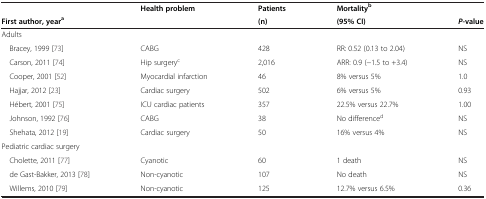
|  | Health problem | Patients | Mortalityb |  |
 | First author, yeara |  | (n) | (95% CI) | P-value |
 | --- | --- | --- | --- | --- |
 | Adults |  |  |  |  |
 | Bracey, 1999 [73] | CABG | 428 | RR: 0.52 (0.13 to 2.04) | NS |
 | Carson, 2011 [74] | Hip surgeryc | 2,016 | ARR: 0.9 (−1.5 to +3.4) | NS |
 | Cooper, 2001 [52] | Myocardial infarction | 46 | 8% versus 5% | 1.0 |
 | Hajjar, 2012 [23] | Cardiac surgery | 502 | 6% versus 5% | 0.93 |
 | Hébert, 2001 [75] | ICU cardiac patients | 357 | 22.5% versus 22.7% | 1.00 |
 | Johnson, 1992 [76] | CABG | 38 | No differenced | NS |
 | Shehata, 2012 [19] | Cardiac surgery | 50 | 16% versus 4% | NS |
 | Pediatric cardiac surgery |  |  |  |  |
 | Cholette, 2011 [77] | Cyanotic | 60 | 1 death | NS |
 | de Gast-Bakker, 2013 [78] | Non-cyanotic | 107 | No death | NS |
 | Willems, 2010 [79] | Non-cyanotic | 125 | 12.7% versus 6.5% | 0.36 |